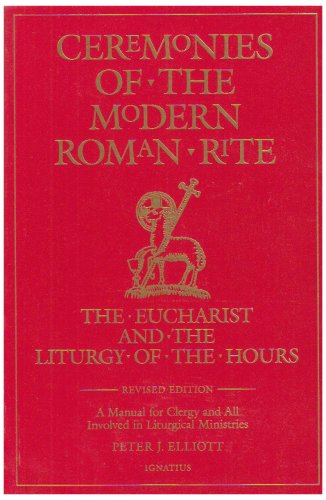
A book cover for Ceremonies of the Modern Roman Rite, 2nd Edition; Peter J. Elliott; Christian Books & Bibles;